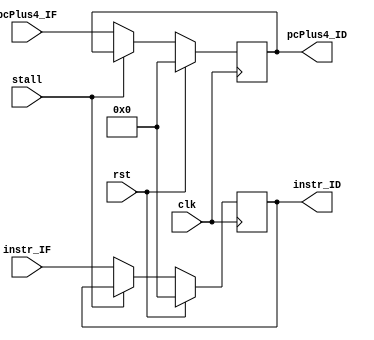
// This is the IF/ID pipeline register
module IF_ID_reg
(
    clk,
    rst,
    stall,
    pcPlus4_IF,
    instr_IF,
    pcPlus4_ID,
    instr_ID
);

    input clk, rst, stall;
    input [31:0] instr_IF, pcPlus4_IF;
    output reg [31:0] instr_ID, pcPlus4_ID;

    always @(posedge clk)
    begin
        if(rst)
        begin
            pcPlus4_ID <= 32'd0;
            instr_ID <= 32'd0;
        end
        else
        begin
            if(stall)
            begin
                pcPlus4_ID <= pcPlus4_ID;
                instr_ID <= instr_ID;
            end
            else
            begin
                pcPlus4_ID <= pcPlus4_IF;
                instr_ID <= instr_IF;
            end
        end
    end

endmodule